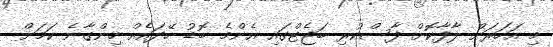
މި އަހަރަށް ލާފާކޮށް ފާސްކުރި ބަޖެޓްގައި އެންމެ ބޮޑު ހޭދައެއް ހިންގާނެ ކަމަށް